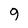
Character: 9